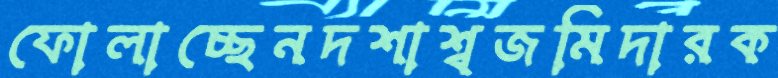
ফোলাচ্ছেনদশাশ্বজমিদারক